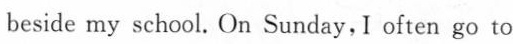
beside my school. On Sunday,I often go to